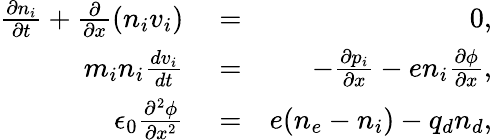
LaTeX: \begin{array}{rlr}{\frac{\partial n_{i}}{\partial t}+\frac{\partial}{\partial x}(n_{i}v_{i})}&{{}=}&{0,}\\ {m_{i}n_{i}\frac{dv_{i}}{dt}}&{{}=}&{-\frac{\partial p_{i}}{\partial x}-en_{i}\frac{\partial\phi}{\partial x},}\\ {\epsilon_{0}\frac{\partial^{2}\phi}{\partial x^{2}}}&{{}=}&{e(n_{e}-n_{i})-q_{d}n_{d},}\end{array}